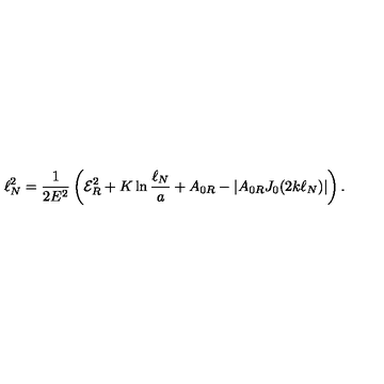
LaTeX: \ell _ { N } ^ { 2 } = \frac { 1 } { 2 E ^ { 2 } } \left( { \cal E } _ { R } ^ { 2 } + K \ln \frac { \ell _ { N } } { a } + A _ { 0 R } - | A _ { 0 R } J _ { 0 } ( 2 k \ell _ { N } ) | \right) .